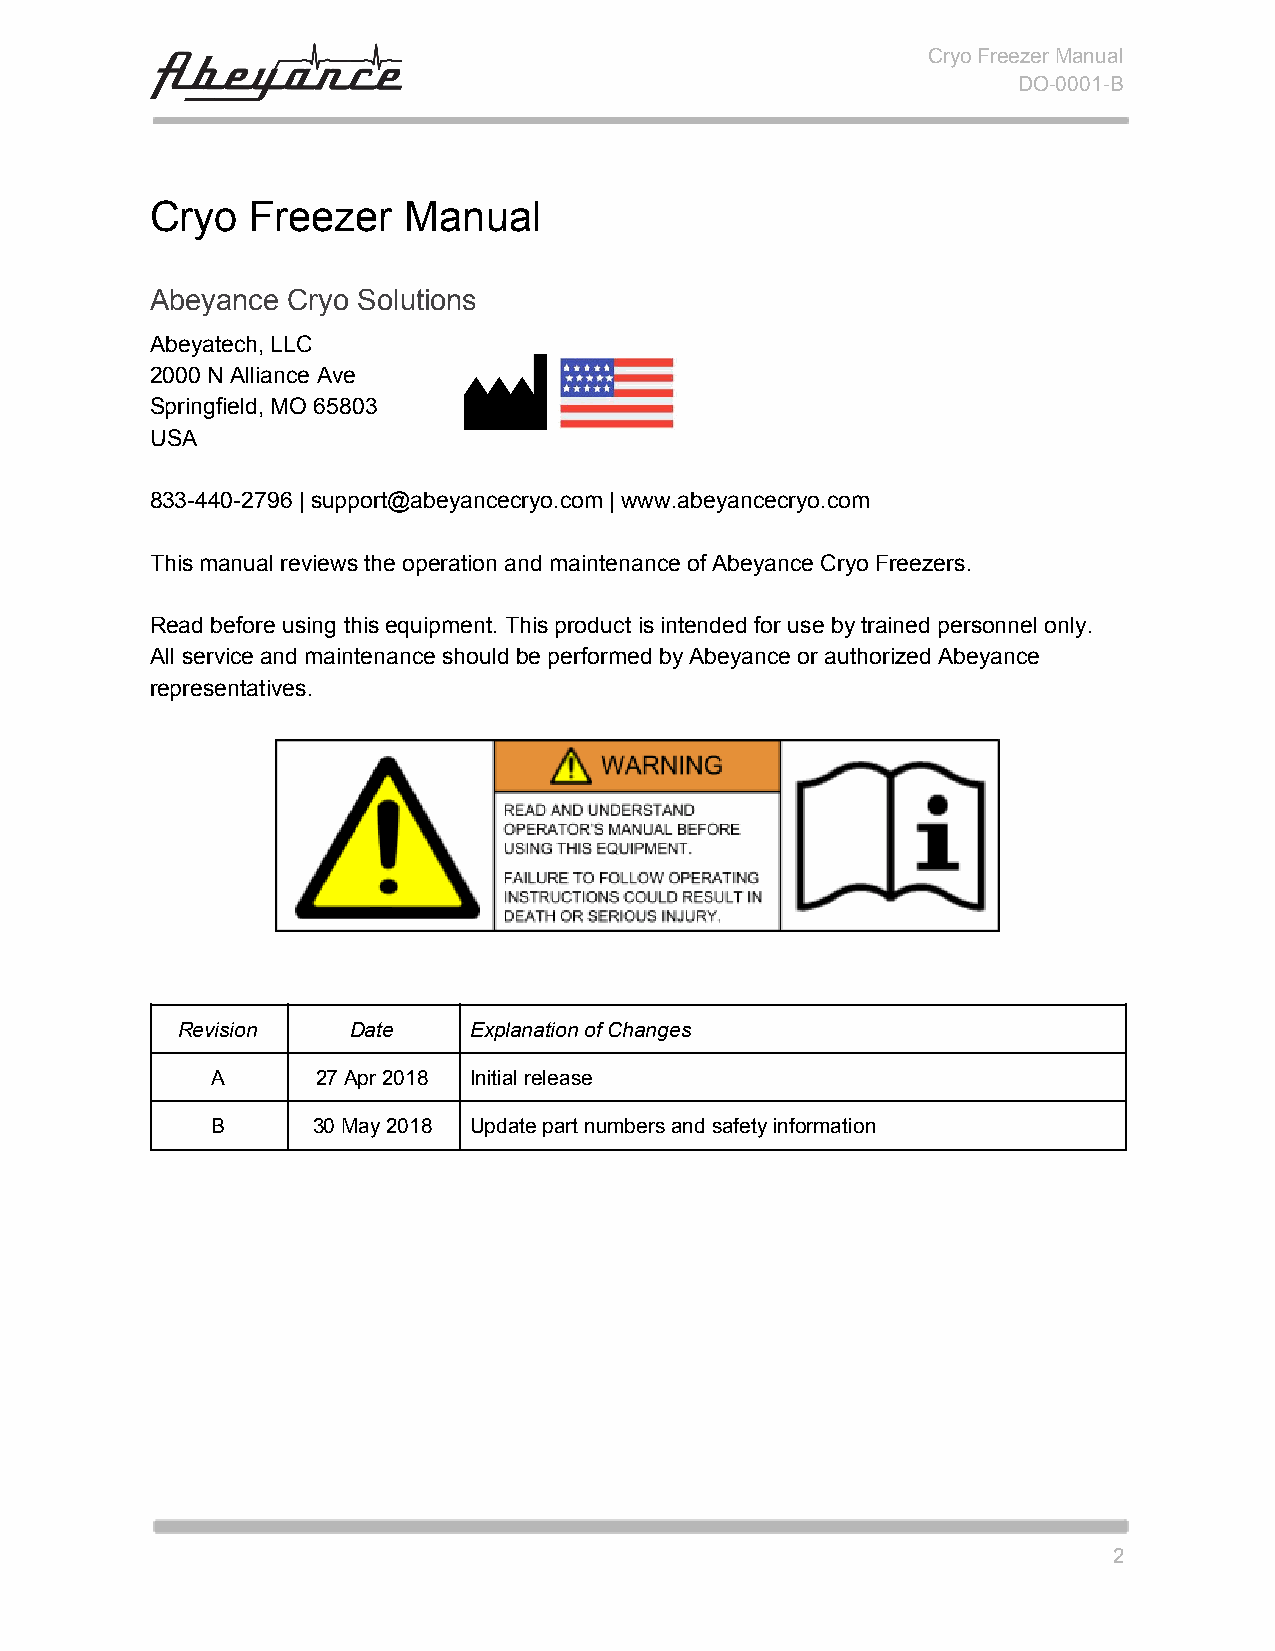
Cryo Freezer Manual
 DO-0001-B
 Cryo   Freezer   Manual
 Abeyance Cryo Solutions
 Abeyatech, LLC
 2000 N Alliance Ave
 Springfield, MO 65803
 USA
 833-440-2796 | support@abeyancecryo.com | www.abeyancecryo.com
 This manual reviews the operation and maintenance of Abeyance Cryo Freezers.
 Read before using this equipment. This product is intended for use by trained personnel only.
 All service and maintenance should be performed by Abeyance or authorized Abeyance
 representatives.
 Revision   Date    Explanation of Changes
 A      27 Apr 2018 Initial release
 B      30 May 2018 Update part numbers and safety information
 2